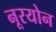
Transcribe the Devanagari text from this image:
नूरयोन